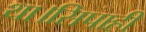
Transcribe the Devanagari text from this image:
था।सिपाही